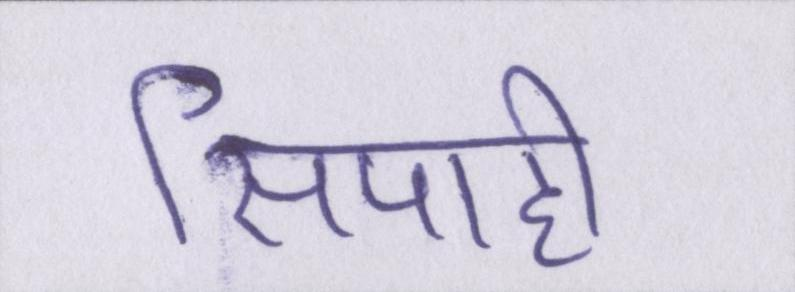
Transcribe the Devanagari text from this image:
सिपाही